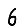
Digit: 6